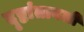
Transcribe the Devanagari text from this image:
दृष्टांतावली